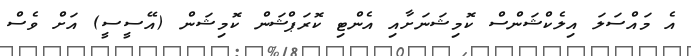
އެ މައްސަލަ އިލެކްޝަންސް ކޮމިޝަނަށާއި އެންޓި ކޮރަޕްޝަން ކޮމިޝަން (އޭސީސީ) އަށް ވެސް